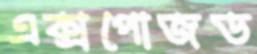
এক্সপোজড